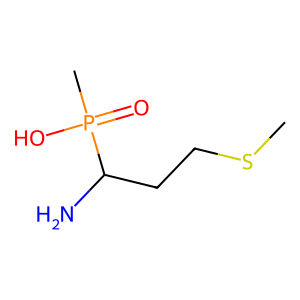
SMILES: CSCCC(N)P(C)(=O)O
Inhibits HIV replication: No